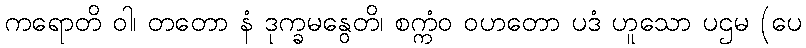
ကရောတိ ဝါ၊ တတော နံ ဒုက္ခမနွေတိ၊ စက္ကံဝ ဝဟတော ပဒံ ဟူသော ပဌမ (ပေ